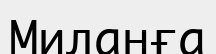
Миланға